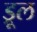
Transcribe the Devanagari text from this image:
ड्रूल